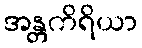
အန္တကိရိယာ